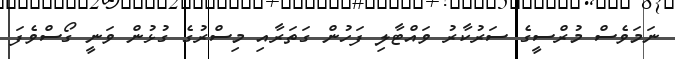
ނަމަވެސް މުރްސީގެ ސަރުކާރު ވައްޓާލި ފަހުން ގަތަރާއި މިސްރުގެ ގުޅުން ވަނީ ގޯސްވެފަ